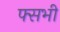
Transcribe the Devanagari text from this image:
फ्सभी